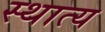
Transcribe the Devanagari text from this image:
स्थात्य